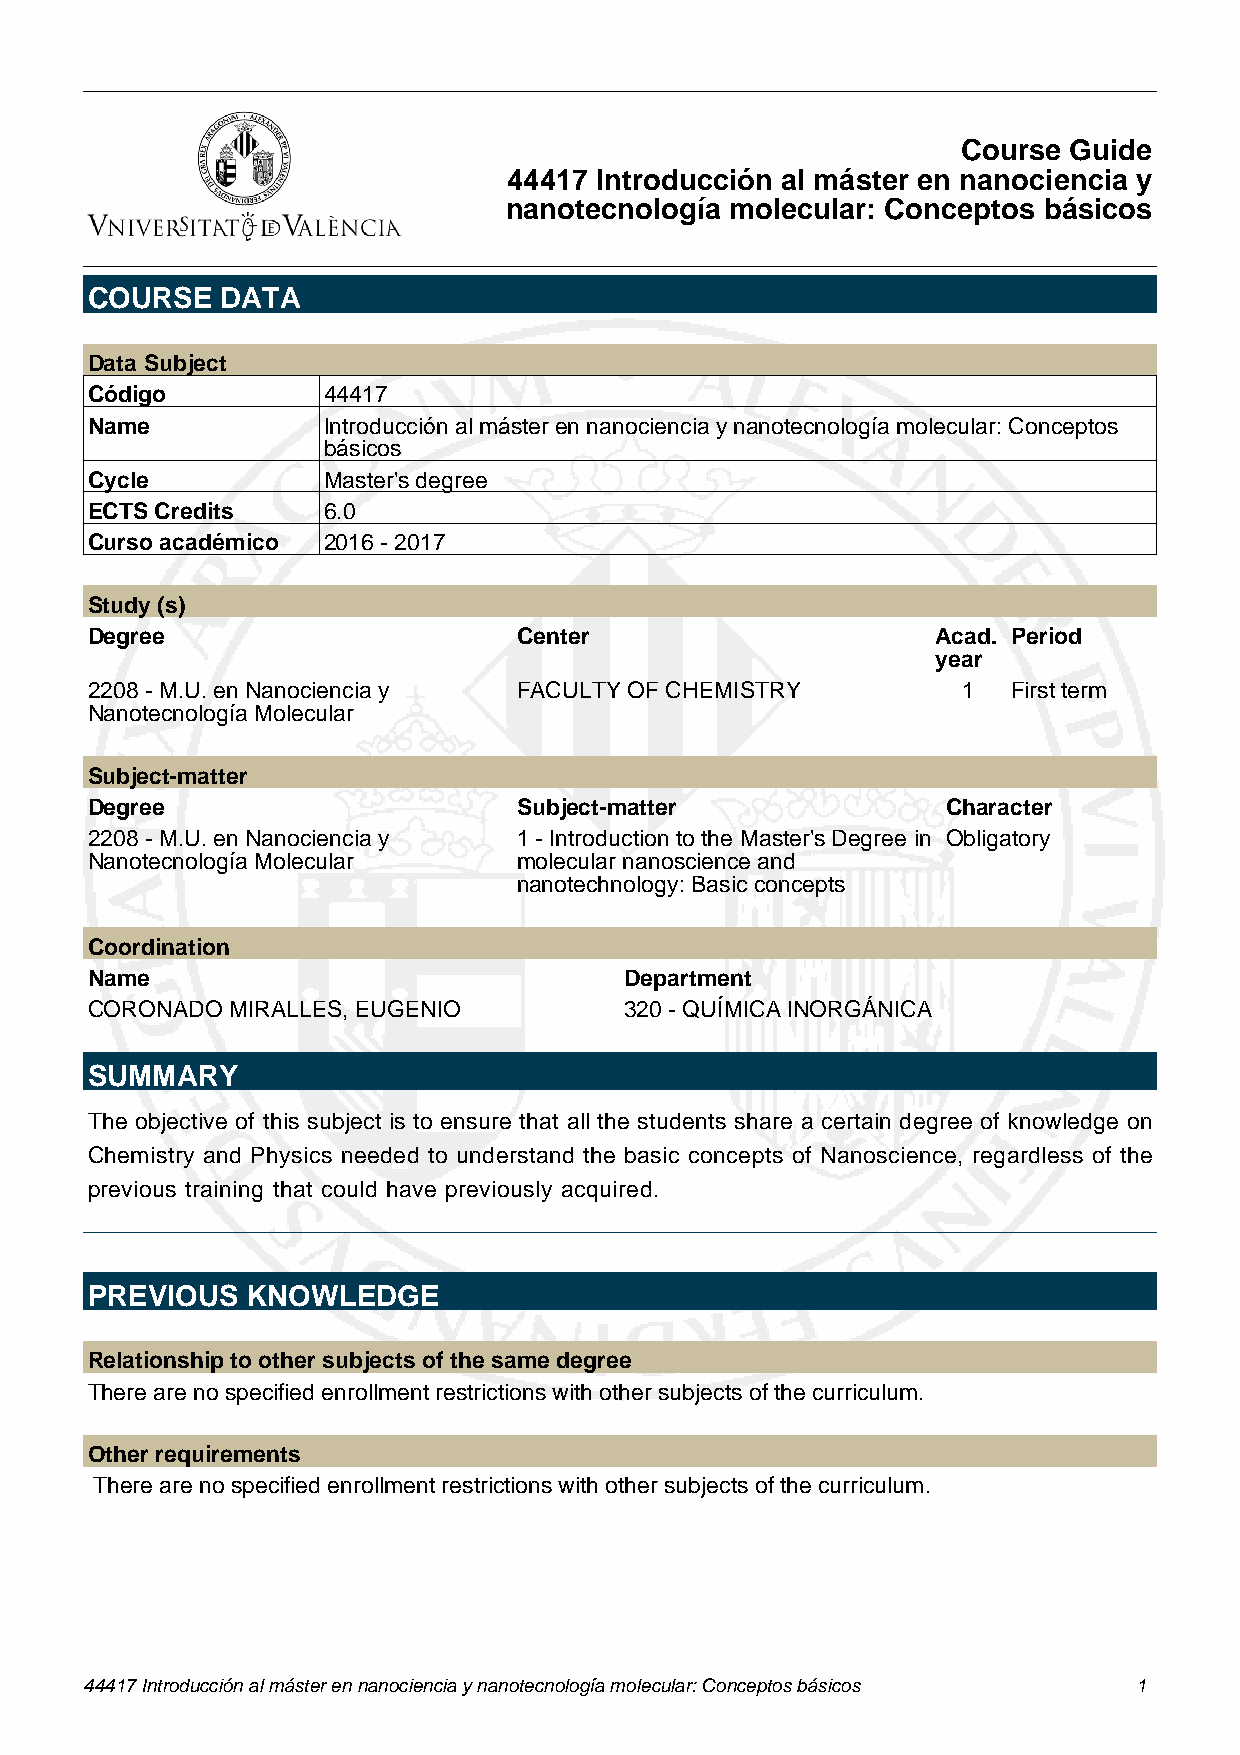
Course Guide
 44417 Introducción al máster en nanociencia y
 nanotecnología molecular: Conceptos básicos
 COURSE   DATA
 Data Subject
 Código         44417
 Name           Introducción al máster en nanociencia y nanotecnología molecular: Conceptos
 básicos
 Cycle          Master's degree
 ECTS Credits   6.0
 Curso académico 2016 - 2017
 Study (s)
 Degree                      Center                      Acad. Period
 year
 2208 - M.U. en Nanociencia y FACULTY OF CHEMISTRY         1  First term
 Nanotecnología Molecular
 Subject-matter
 Degree                      Subject-matter               Character
 2208 - M.U. en Nanociencia y 1 - Introduction to the Master's Degree in Obligatory
 Nanotecnología Molecular    molecular nanoscience and
 nanotechnology: Basic concepts
 Coordination
 Name                               Department
 CORONADO MIRALLES, EUGENIO         320 - QUÍMICA INORGÁNICA
 SUMMARY
 The objective of this subject is to ensure that all the students share a certain degree of knowledge on
 Chemistry and Physics needed to understand the basic concepts of Nanoscience, regardless of the
 previous training that could have previously acquired.
 PREVIOUS  KNOWLEDGE
 Relationship to other subjects of the same degree
 There are no specified enrollment restrictions with other subjects of the curriculum.
 Other requirements
 There are no specified enrollment restrictions with other subjects of the curriculum.
 44417 Introducción al máster en nanociencia y nanotecnología molecular: Conceptos básicos 1